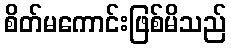
စိတ်မကောင်းဖြစ်မိသည်